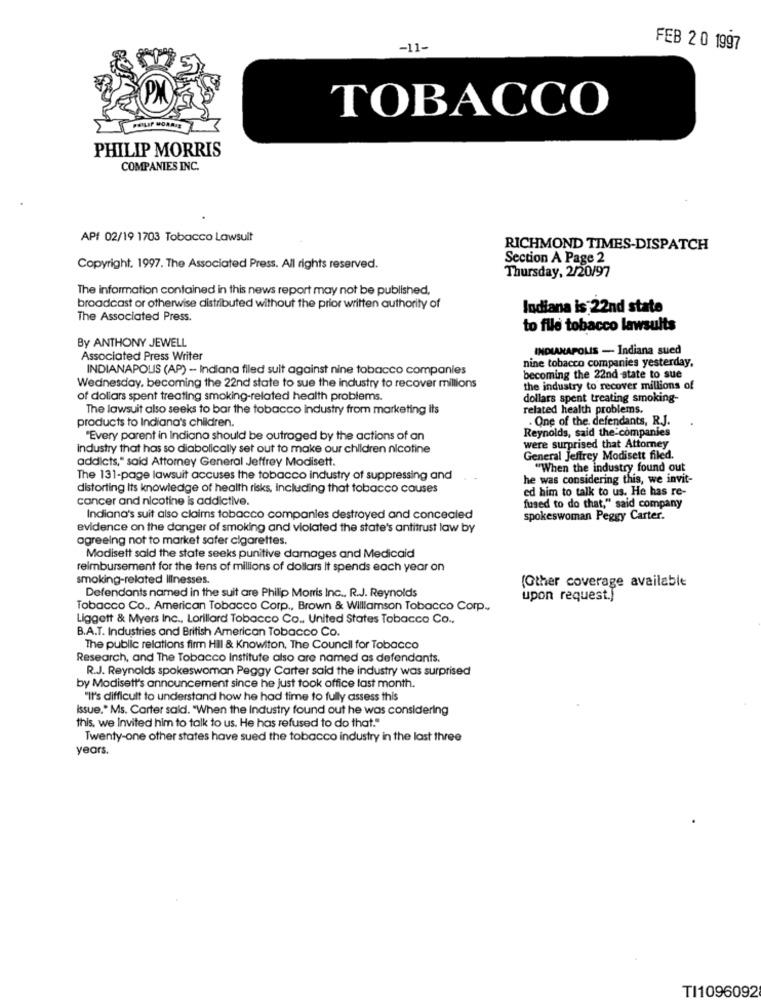
-11-
FEB 20 1997
TOBACCO
PHILIP MORRIS
COMPANIES INC.
APf 02/19 1703 Tobacco Lawsuit
RICHMOND TIMES-DISPATCH
Section A Page 2
Copyright. 1997. The Associated Press. All rights reserved.
Thursday, 2/20/97
The information contained in this news report may not be published,
broadcast or otherwise distributed without the prior written authority of
Indiana is 22nd state
The Associated Press.
to file tobacco lawsuits
By ANTHONY JEWELL
INDIANAPOLIS - Indiana sued
Associated Press Writer
nine tobacco companies yesterday,
INDIANAPOLIS (AP) - Indiana filed suit against nine tobacco companies
becoming the 22nd state to sue
Wednesday, becoming the 22nd state to sue the industry to recover millions
the industry to recover millions of
of dollars spent treating smoking-related health problems.
dollars spent treating smoking-
The lawsuit also seeks to bar the tobacco industry from marketing its
related health problems.
products to Indiana's children.
. One of the. defendants, R.J.
Reynolds, said the companies
"Every parent in Indiana should be outraged by the actions of an
industry that has so diabolically set out to make our children nicotine
were surprised that Attorney
addicts," said Attorney General Jeffrey Modisett.
General Jeffrey Modisett filed.
"When the industry found out
The 131-page lawsuit accuses the tobacco industry of suppressing and
he was considering this, we invit-
distorting Its knowledge of health risks, Including that tobacco causes
ed him to talk to us. He has re-
cancer and nicotine is addictive.
fused to do that," said company
Indiana's suit also claims tobacco companies destroyed and concealed
spokeswoman Peggy Carter.
evidence on the danger of smoking and violated the state's antitrust law by
agreeing not to market safer cigarettes.
Modisett said the state seeks punitive damages and Medicaid
reimbursement for the tens of millions of dollars It spends each year on
smoking-related Illnesses.
(Other coverage available
Defendants named in the suit are Philip Morris Inc ., R.J. Reynolds
upon request.)
Tobacco Co ., American Tobacco Corp ., Brown & Williamson Tobacco Corp .,
Liggett & Myers Inc ., Lorillard Tobacco Co .. United States Tobacco Co .,
B.A.T. Industries and British American Tobacco Co.
The public relations firm Hill & Knowiton, The Council for Tobacco
Research, and The Tobacco Institute also are named as defendants.
R.J. Reynolds spokeswoman Peggy Carter said the industry was surprised
by Modisett's announcement since he just took office last month.
"It's difficult to understand how he had time to fully assess this
issue." Ms. Carter said. "When the Industry found out he was considering
this, we Invited him to talk to us. He has refused to do that."
Twenty-one other states have sued the tobacco industry in the last three
years.
TI1096092